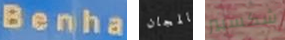
Benha بالمجان شكسبير